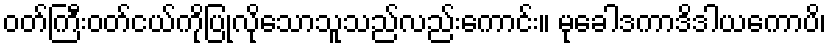
ဝတ်ကြီးဝတ်ငယ်ကိုပြုလိုသောသူသည်လည်းကောင်း။ မုခေါဒကာဒိဒါယကောပိ၊